Report of the Bombay Veterinary College
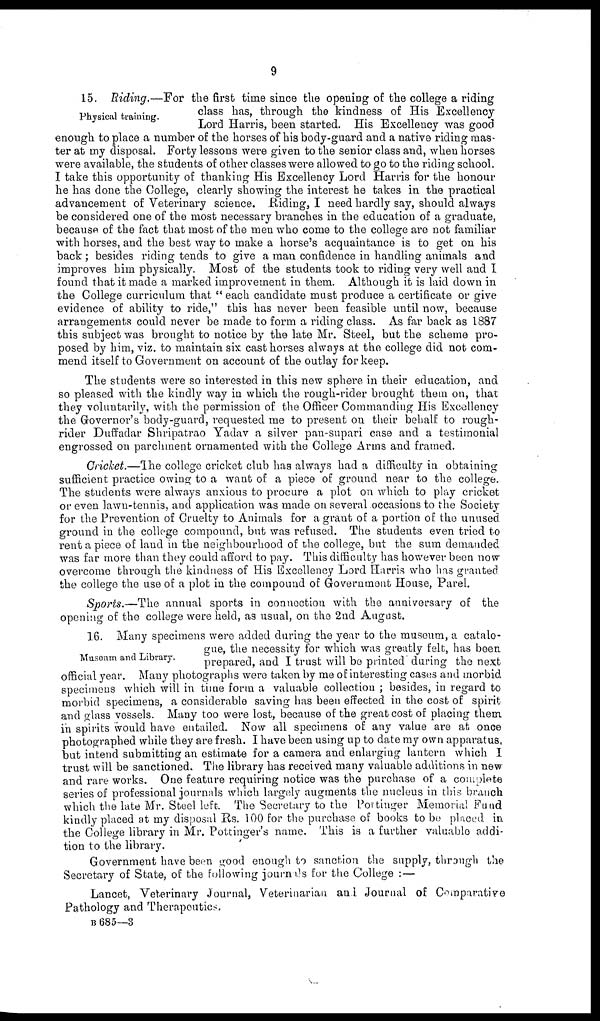
9
Physical training.
15. Riding.—For the first time since the opening of the college a riding
class has, through the kindness of His Excellency
Lord Harris, been started. His Excellency was good
enough to place a number of the horses of his body-guard and a native riding mas-
ter at my disposal. Forty lessons were given to the senior class and, when horses
were available, the students of other classes were allowed to go to the riding school.
I take this opportunity of thanking His Excellency Lord Harris for the honour
he has done the College, clearly showing the interest he takes in the practical
advancement of Veterinary science. Riding, I need hardly say, should always
be considered one of the most necessary branches in the education of a graduate,
because of the fact that most of the men who come to the college are not familiar
with horses, and the best way to make a horse's acquaintance is to get on his
back; besides riding tends to give a man confidence in handling animals and
improves him physically. Most of the students took to riding very well and I
found that it made a marked improvement in them. Although it is laid down in
the College curriculum that " each candidate must produce a certificate or give
evidence of ability to ride," this has never been feasible until now, because
arrangements could never be made to form a riding class. As far back as 1887
this subject was brought to notice by the late Mr. Steel, but the scheme pro-
posed by him, viz. to maintain six cast horses always at the college did not com-
mend itself to Government on account of the outlay for keep.
The students were so interested in this new sphere in their education, and
so pleased with the kindly way in which the rough-rider brought them on, that
they voluntarily, with the permission of the Officer Commanding His Excellency
the Governor's body-guard, requested me to present on their behalf to rough-
rider Duffadar Shripatrao Yadav a silver pan-supari case and a testimonial
engrossed on parchment ornamented with the College Arms and framed.
Cricket.—The college cricket club has always had a difficulty in obtaining
sufficient practice owing to a want of a piece of ground near to the college.
The students were always anxious to procure a plot on which to play cricket
or even lawn-tennis, and application was made on several occasions to the Society
for the Prevention of Cruelty to Animals for a grant of a portion of the unused
ground in the college compound, but was refused. The students even tried to
rent a piece of land in the neighbourhood of the college, but the sum demanded
was far more than they could afford to pay. This difficulty has however been now
overcome through the kindness of His Excellency Lord Harris who has granted
the college the use of a plot in the compound of Government House, Parel.
Sports.—The annual sports in connection with the anniversary of the
opening of the college were held, as usual, on the 2nd August.
Museum and Library.
16. Many specimens were added during the year to the museum, a catalo-
gue, the necessity for which was greatly felt, has been
prepared, and I trust will be printed' during the next
official year. Many photographs were taken by me of interesting cases and morbid
specimens which will in time form a valuable collection ; besides, in regard to
morbid specimens, a considerable saving has been effected in the cost of spirit
and glass vessels. Many too were lost, because of the great cost of placing them
in spirits would have entailed. Now all specimens of any value are at once
photographed while they are fresh. I have been using up to date my own apparatus,
but intend submitting an estimate for a camera and enlarging lantern which I
trust will be sanctioned. The library has received many valuable additions in new
and rare works. One feature requiring notice was the purchase of a complete
series of professional journals which largely augments the nucleus in this branch
which the late Mr. Steel left. The Secretary to the Pottinger Memorial Fund
kindly placed at my disposal Rs. 100 for the purchase of books to be placed in
the College library in Mr. Pottinger's name. This is a further valuable addi-
tion to the library.
Government have been good enough to sanction the supply, through the
Secretary of State, of the following journals for the College :—
Lancet, Veterinary Journal, Veterinarian and Journal of Comparative
Pathology and Therapeutics.
B 685—3